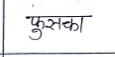
मजकूर: फुसका